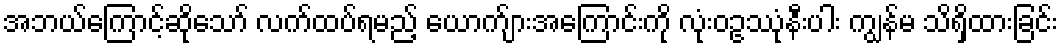
အဘယ်ကြောင့်ဆိုသော် လက်ထပ်ရမည့် ယောက်ျားအကြောင်းကို လုံးဝဥဿုံနီးပါး ကျွန်မ သိရှိထားခြင်း